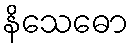
နိသေဓော